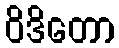
ဝိဒိတော